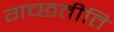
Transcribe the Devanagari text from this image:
गच्छतीति